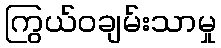
ကြွယ်ဝချမ်းသာမှု